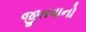
જીતવાનો